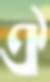
ঐ